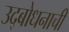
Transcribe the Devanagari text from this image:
उद्बोधनाची